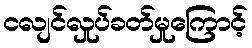
ငလျင်လှုပ်ခတ်မှုကြောင့်